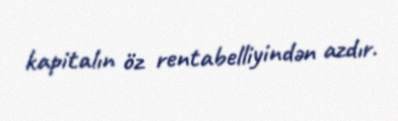
kapitalın öz rentabelliyindən azdır.